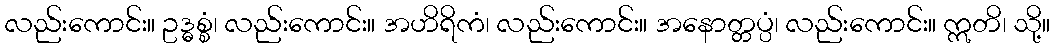
လည်းကောင်း။ ဥဒ္ဓစ္စံ၊ လည်းကောင်း။ အဟိရိကံ၊ လည်းကောင်း။ အနောတ္တပ္ပံ၊ လည်းကောင်း။ ဣတိ၊ သို့။